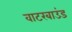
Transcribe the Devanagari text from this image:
वाटरबाउंड